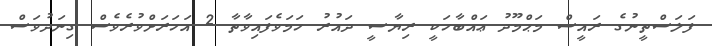
ފަލަސްތީނުގެ ރައީސް މަޙްމޫދު ޢައްބާހަކީ ރިޔާސީ ދައުރު ހަމަވެފައިވާތާ 2 އަހަރަށްވުރެވެސް ގިނަދުވަސް